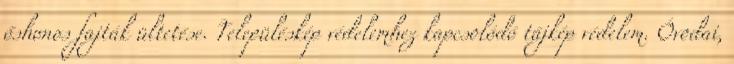
őshonos fajták ültetése. Településkép védelemhez kapcsolódó tájkép védelem. Óvodai,